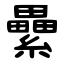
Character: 纍